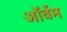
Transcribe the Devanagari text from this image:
ऑर्वम